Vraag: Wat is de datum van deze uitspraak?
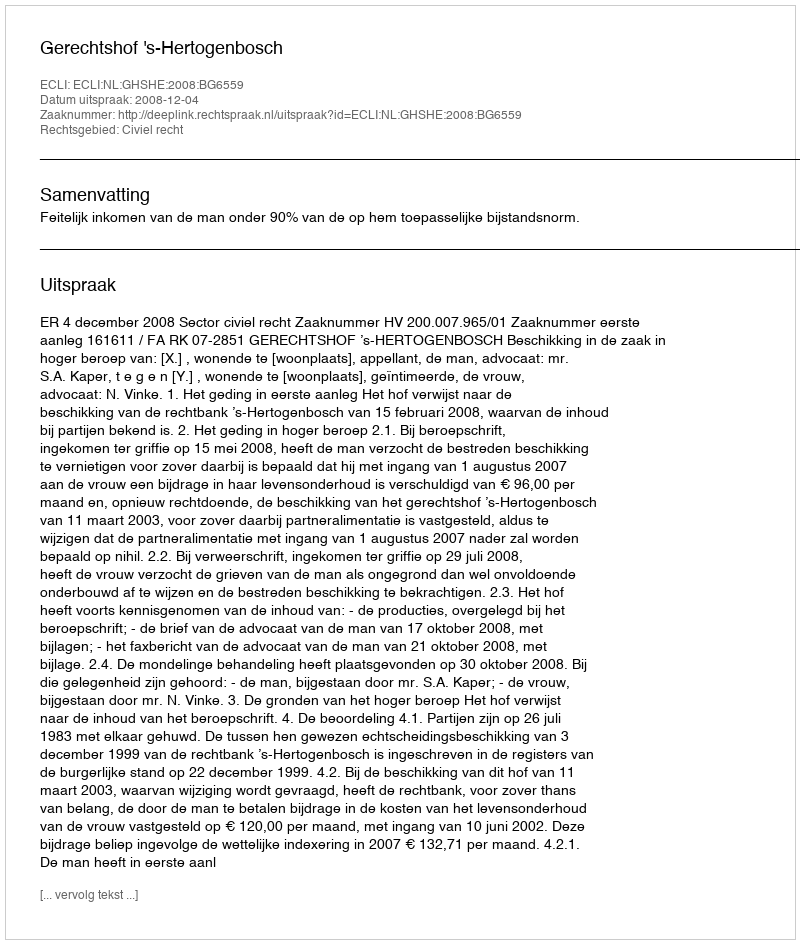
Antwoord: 2008-12-04